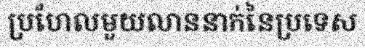
ប្រហែលមួយលាននាក់នៃប្រទេស